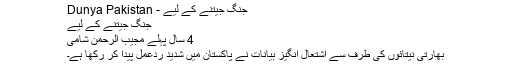
جنگ جیتنے کے لیے - Dunya Pakistan
جنگ جیتنے کے لیے
4 سال پہلے مجیب الرحمن شامی
بھارتی نیتائوں کی طرف سے اشتعال انگیز بیانات نے پاکستان میں شدید ردعمل پیدا کر رکھا ہے۔